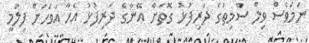
ނަމަވެސް ވިލް ސްމިތުގެ ދަރިފުޅު ގޮތަށް އޭނާގެ ދަރިފުޅު އެހާ އަވަހަށް ފިލްމީ